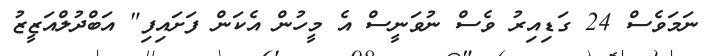
ނަމަވެސް 24 ގަޑިއިރު ވެސް ނުވަނީސް އެ މީހުން އެކަން ފަށައިފި" އަބްދުލްއަޒީޒު